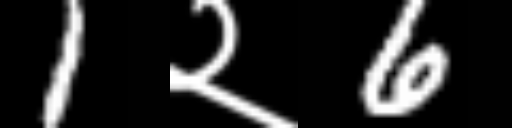
Text: 1२6